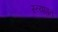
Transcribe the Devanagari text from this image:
स्त्यापन